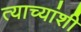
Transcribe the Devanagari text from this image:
त्याच्यांशी